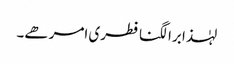
لہٰذا برا لگنا فطری امر ھے۔